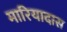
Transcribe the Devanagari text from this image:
मारियादास